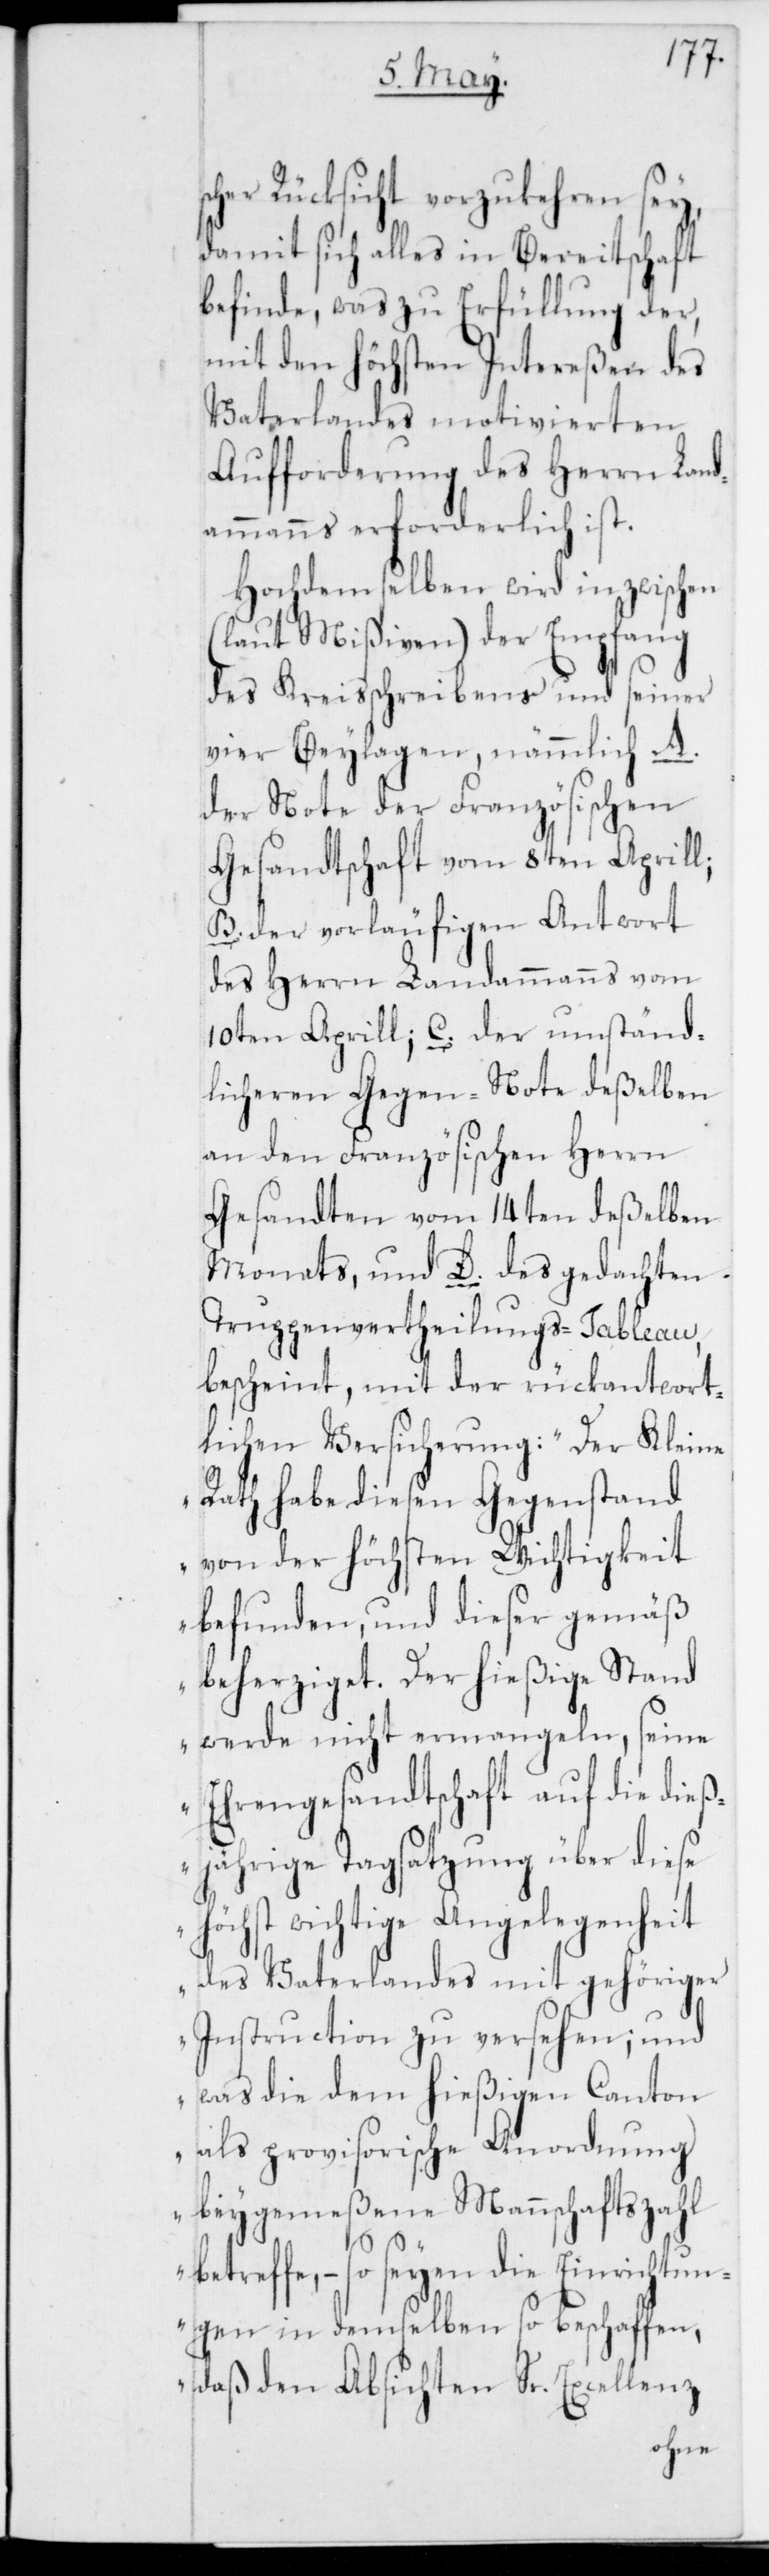
r Rücksicht vorzukehren sey,
damit sich alles in Bereitschaft
befinde, was zu Erfüllung der,
mit dem höchsten Intereßen des
Vaterlandes motivierten
Aufforderung des Herrn Land¬
ammanns erforderlich ist.
Hochdemselben wird inzwischen
(laut Mißiven) der Empfang
des Kreisschreibens und seiner
vier Beylagen, nämmlich A.
der Note der Französischen
Gesandtschaft vom 8ten Aprill;
B. der vorläufigen Antwort
des Herrn Landammanns vom
10ten Aprill; C. der umständ¬
licheren Gegen-Note deßelben
an den Französischen Herrn
Gesandten vom 14ten deßelben
Monats; und D. des gedachten
Truppenvertheilungs-Tableau
bescheint, mit der rückantwort¬
lichen Versicherung: „Der Kleine
Rath habe diesen Gegenstand
von der höchsten Wichtigkeit
befunden, und dieser gemäß
beherziget. Der hießige Stand
werde nicht ermangeln, seine
Ehrengesandtschaft auf die dieß¬
jährige Tagsatzung über diese
höchst wichtige Angelegenheit
des Vaterlandes mit gehöriger
Instruction zu versehen; und
was die dem hießigen Canton
als provisorische Anordnung
beygemeßene Mannschaftszahl
betreffe, – so seyen die Einrichtun¬
gen in demselben so beschaffen,
daß den Absichten Sr. Excellenz
sche¬